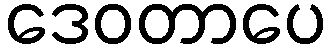
ဒေဝတာပေ